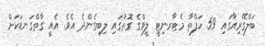
ބަލްގޭރިއާގައި 59 ހަފްތާ މެޓާރނިޓީ ލީވްގެ ގޮތުގައި ލިބިގެންދެ އެވެ. އެއީ ގާތްގަނޑަކަށް